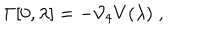
LaTeX: \Gamma [ 0 , \lambda ] = - { \cal V } _ { 4 } V ( \lambda ) \; ,